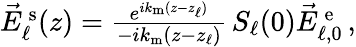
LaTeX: \begin{array}{r}{\vec{E}_{\ell}^{\mathrm{\, s}}(z)=\frac{e^{ik_{\mathrm{m}}(z-z_{\ell})}}{-ik_{\mathrm{m}}(z-z_{\ell})}\, S_{\ell}(0)\vec{E}_{\ell,0}^{\mathrm{\, e}}\, \! \! \, \! \, \, \! \, \, \! \! \, \! \, \, \! \! \, \! \! \, \! \, \, \! \! \, \! \! \, \! \, \, \! \, \, \! \! \, \! \, \, \! \! \, \! \! \, \! \, \, \! \, \, \! \! \, \! \, \, \! \, \, \! \! \, \! \, \, \! \! \, \! \! \, \! \, \, \! \, \, \! \! \, \! \, \, \! \, \, \! \! ,}\end{array}